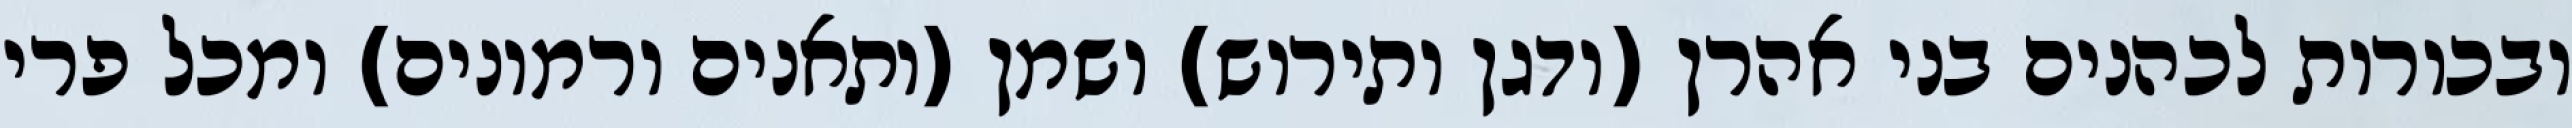
ובכורות לכהנים בני אהרן (ודגן ותירוש) ושמן (ותאנים ורמונים) ומכל פרי